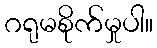
ဂရုမစိုက်မှုပါ။